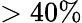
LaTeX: >40\%